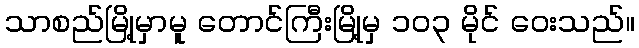
သာစည်မြို့မှာမူ တောင်ကြီးမြို့မှ ၁၀၃ မိုင် ဝေးသည်။